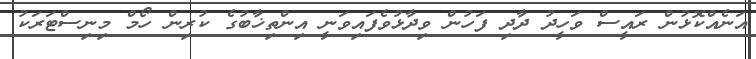
އަނެއްކޮޅުން ރައީސް ވަހީދު ދާދި ފަހުން ވިދާޅުވެފައިވަނީ އިންތިޚާބުގެ ކުރިން ހޯމް މިނިސްޓަރަކު